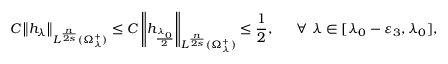
C \left\| h _ { \lambda } \right\| _ { L ^ { \frac { n } { 2 s } } ( \Omega _ { \lambda } ^ { + } ) } \leq C \left\| h _ { \frac { \lambda _ { 0 } } { 2 } } \right\| _ { L ^ { \frac { n } { 2 s } } ( \Omega _ { \lambda } ^ { + } ) } \leq \frac { 1 } { 2 } , \, \, \quad \, \forall \, \, \lambda \in [ \lambda _ { 0 } - \varepsilon _ { 3 } , \lambda _ { 0 } ] ,